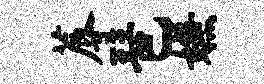
蓐琶嫌